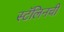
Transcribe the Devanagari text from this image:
स्टॅलिनची